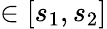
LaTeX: \in[s_{1},s_{2}]